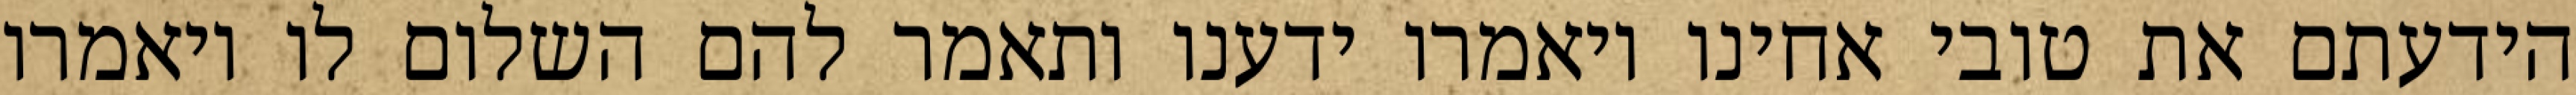
הידעתם את טובי אחינו ויאמרו ידענו ותאמר להם השלום לו ויאמרו